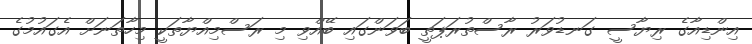
އިންޑިއާގެ ރިޔާސީ ގަނޑުވަރު ރާސްތުރަޕަތީ ބަވަންގައި ބޭއްވި މި ރަސްމިއްޔާތަކީ މިހާތަނަށް އެގައުމުގެ